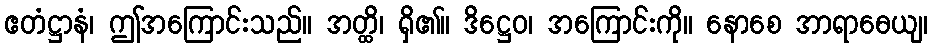
ဧတံဋ္ဌာနံ၊ ဤအကြောင်းသည်။ အတ္ထိ၊ ရှိ၏။ ဒိဋ္ဌေဝ၊ အကြောင်းကို။ နောစေ အာရာဓေယျ၊